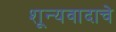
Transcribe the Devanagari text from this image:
शून्यवादाचे